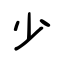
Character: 少